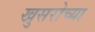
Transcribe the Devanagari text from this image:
खुसरोच्या